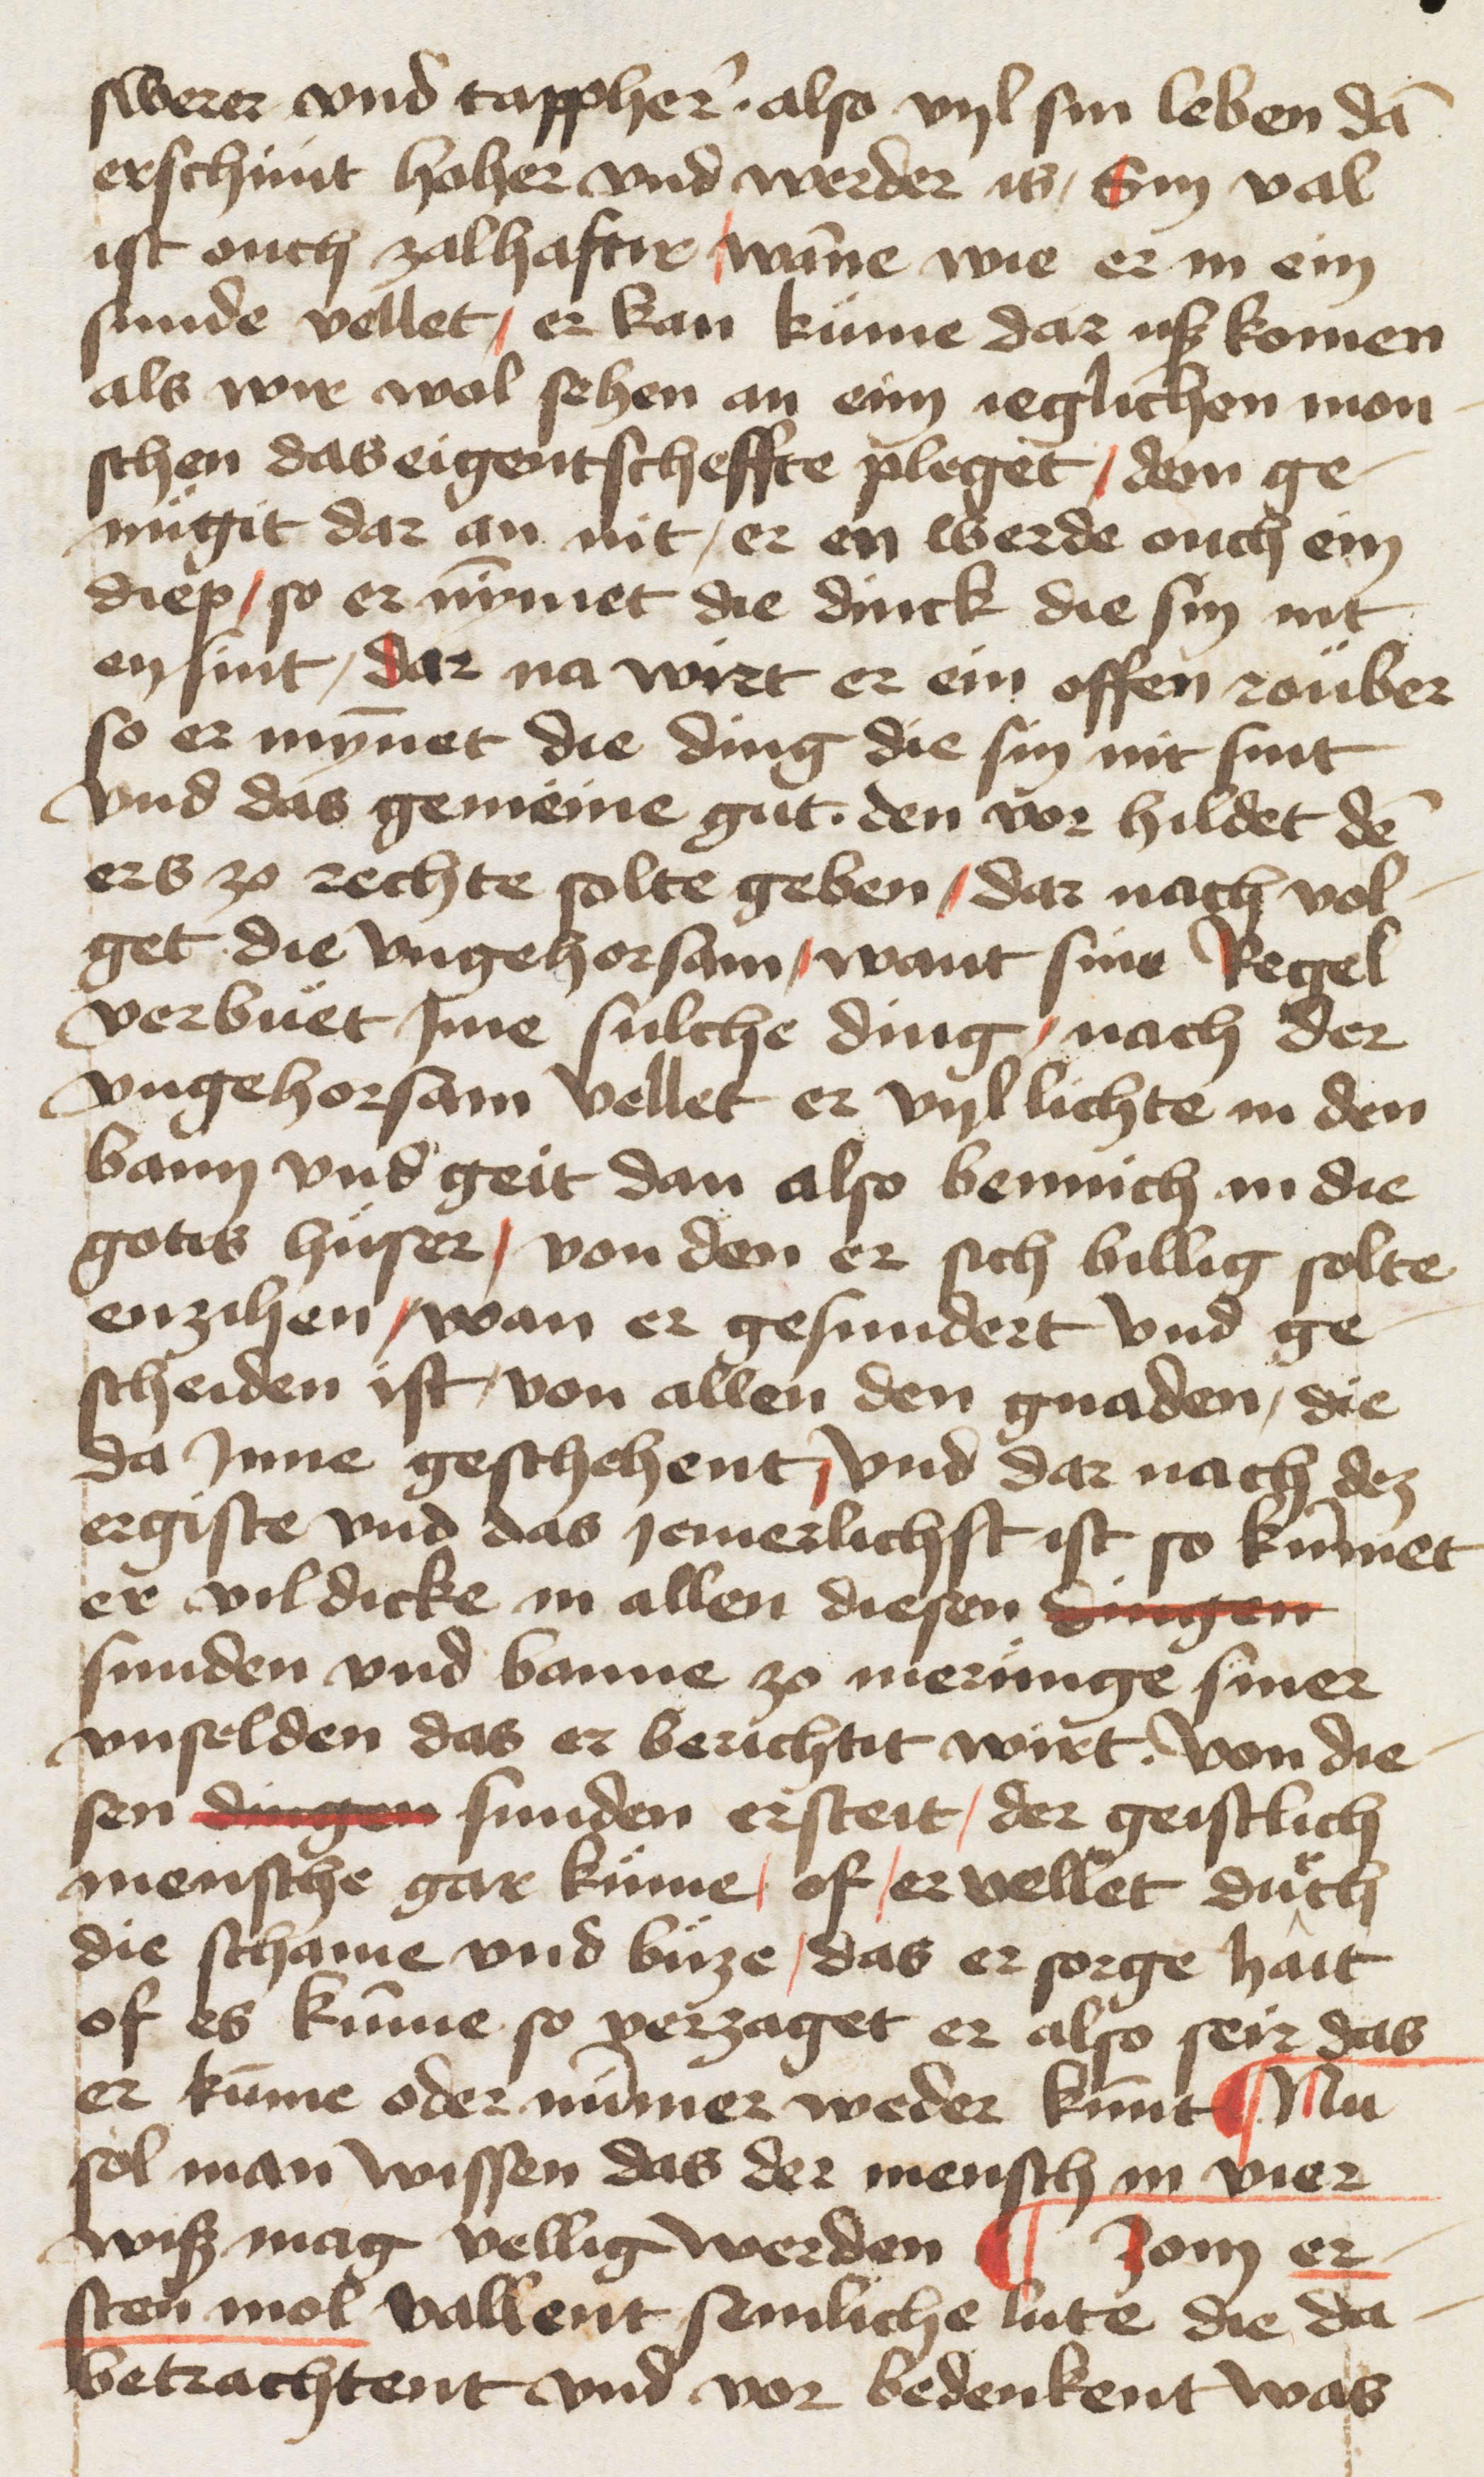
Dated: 1400–1499